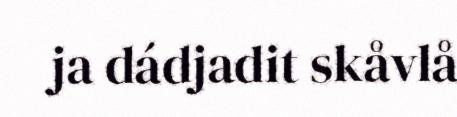
ja dádjadit skåvlå